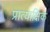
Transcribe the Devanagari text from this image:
प्रात्याक्षिक